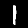
Label: 1